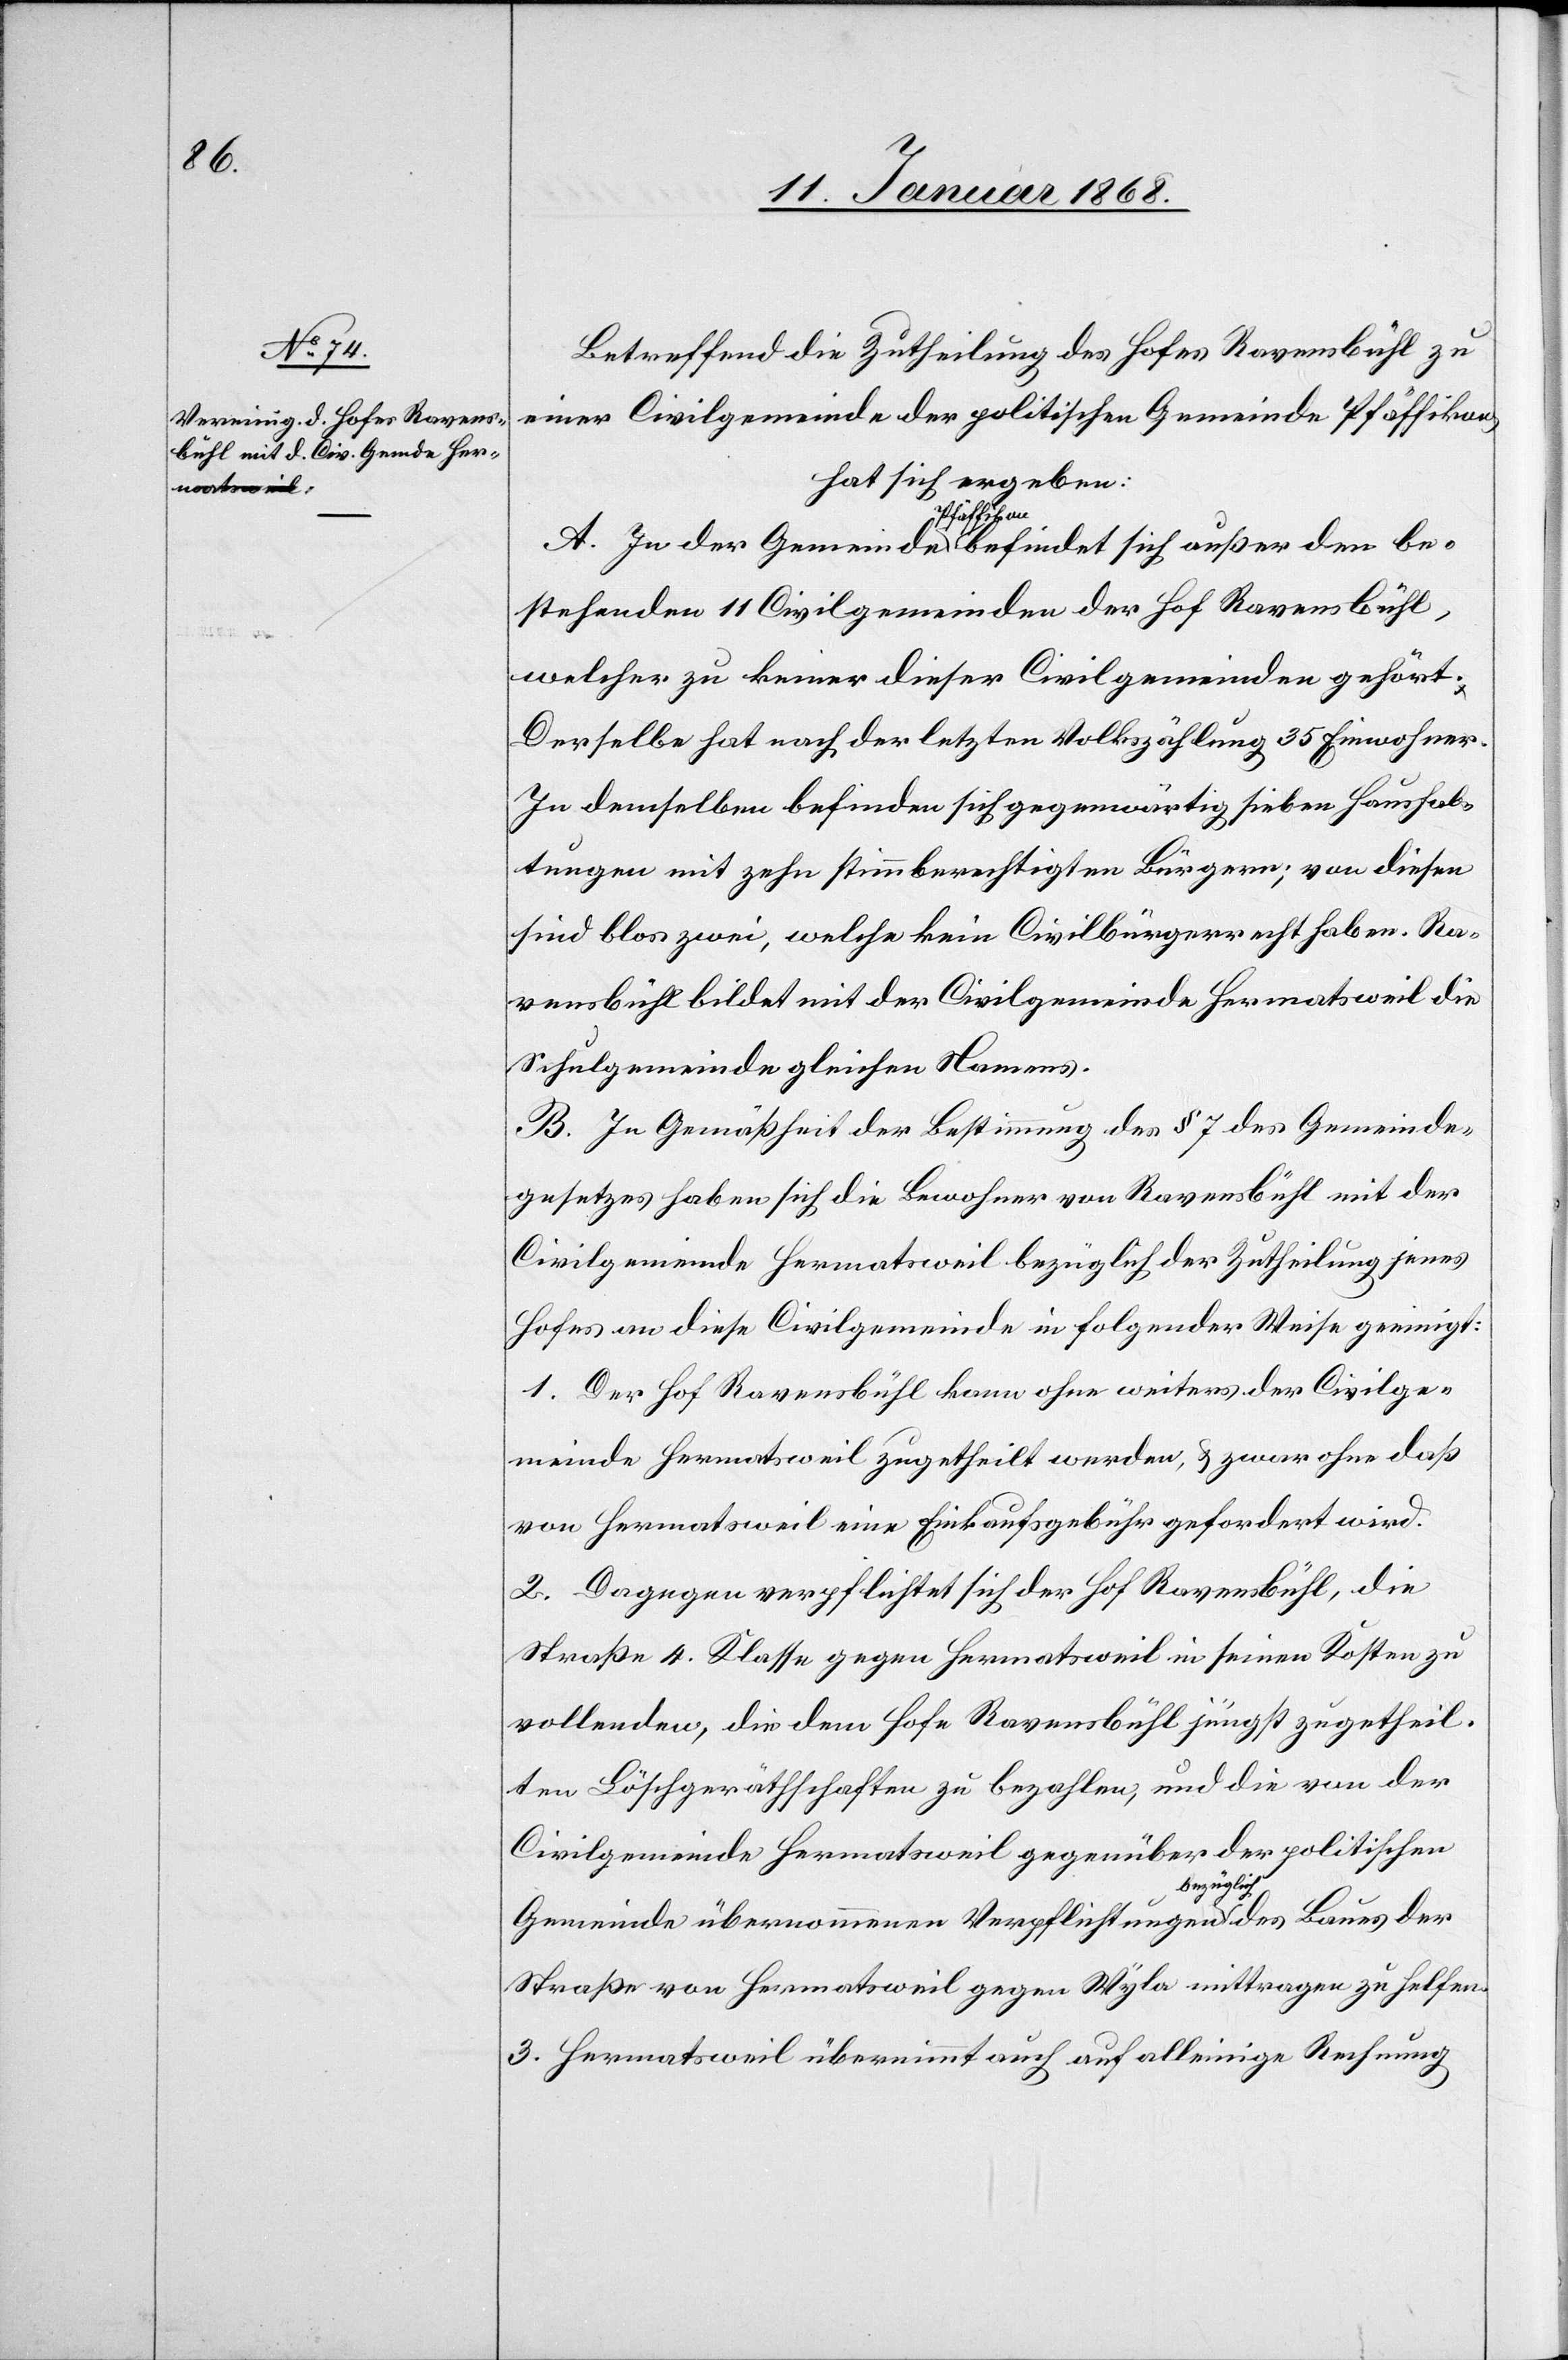
be¬

Betreffend die Zutheilung des Hofes Ravensbühl zu
einer Civilgemeinde der politischen Gemeinde Pfäffikon,
hat sich ergeben:
Pfäffikon
stehenden 11 Civilgemeinden der Hof Ravensbühl,
welcher zu keiner dieser Civilgemeinden gehört.
Derselbe hat nach der letzten Volkszählung 35 Einwohner.
In demselben befinden sich gegenwärtig sieben Haushal¬
tungen mit zehn stimmberechtigten Bürgern; von diesen
sind blos zwei, welche kein Civilbürgerrecht haben. Ra¬
vensbühl bildet mit der Civilgemeinde Hermatsweil die
Schulgemeinde gleichen Namens.
B. In Gemäßheit der Bestimmung des § 7 des Gemeinde¬
gesetzes haben sich die Bewohner von Ravensbühl mit der
Civilgemeinde Hermatsweil bezüglich der Zutheilung jenes
Hofes an diese Civilgemeinde in folgender Weise geeinigt:
1. Der Hof Ravensbühl kann ohne weiters der Civilge¬
meinde Hermatsweil zugetheilt werden, & zwar ohne daß
von Hermatsweil eine Einkaufsgebühr gefordert wird.
2. Dagegen verpflichtet sich der Hof Ravensbühl, die
Straße 4. Klasse gegen Hermatsweil in seinen Kosten zu
vollenden, die dem Hofe Ravensbühl jüngst zugetheil¬
ten Löschgeräthschaften zu bezahlen, und die von der
Civilgemeinde Hermatsweil gegenüber der politischen
Gemeinde übernommenen Verpflichtungen bezüglich des Baues der
Straße von Hermatsweil gegen Wyla mittragen zu helfen.
3. Hermatsweil übernimmt auch auf alleinige Rechnung